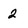
Character: 2